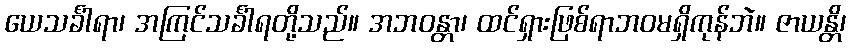
ယေသင်္ခါရာ၊ အကြင်သင်္ခါရတို့သည်။ အဘဝန္တာ၊ ထင်ရှားဖြစ်ရာဘဝမရှိကုန်ဘဲ။ ဇာယန္တိ၊